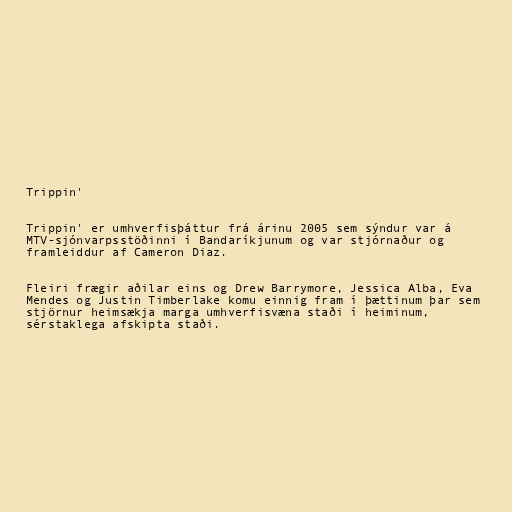
Trippin'

Trippin' er umhverfisþáttur frá árinu 2005 sem sýndur var á
MTV-sjónvarpsstöðinni í Bandaríkjunum og var stjórnaður og
framleiddur af Cameron Diaz.

Fleiri frægir aðilar eins og Drew Barrymore, Jessica Alba, Eva
Mendes og Justin Timberlake komu einnig fram í þættinum þar sem
stjörnur heimsækja marga umhverfisvæna staði í heiminum,
sérstaklega afskipta staði.